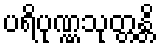
ပရိပုဏ္ဏသုတ္တန္တိ